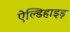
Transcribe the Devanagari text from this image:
ऐल्डिहाइड़